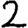
Digit: 2